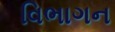
વિભાગન